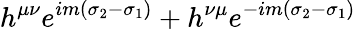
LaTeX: h^{\mu\nu}e^{im(\sigma_{2}-\sigma_{1})}+h^{\nu\mu}e^{-im(\sigma_{2}-\sigma_{1})}